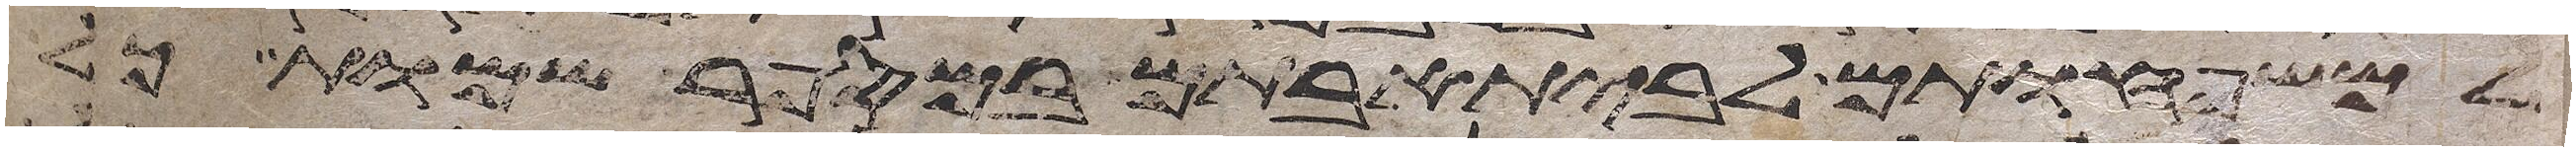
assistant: למשפחותם לבית אבותם במספר שמות כל